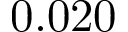
0 . 0 2 0